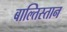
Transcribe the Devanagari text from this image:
बाल्तिस्तान